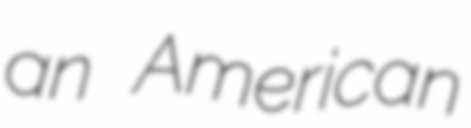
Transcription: an American